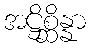
အဋ္ဌိစ္ဆိန္နာ